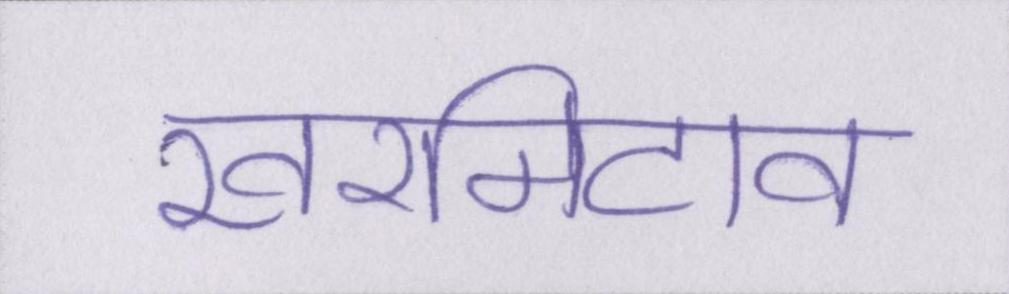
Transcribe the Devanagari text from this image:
खरमिटाव